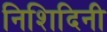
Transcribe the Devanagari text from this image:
निशिदिनी